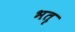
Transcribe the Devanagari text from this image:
भतृ